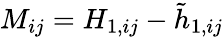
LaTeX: M_{ij}=H_{1,ij}-\tilde{h}_{1,ij}